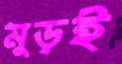
মুড়ই